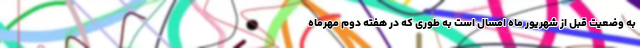
به وضعیت قبل از شهریور ماه امسال است به طوری که در هفته دوم مهرماه